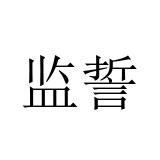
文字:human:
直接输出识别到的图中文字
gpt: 监誓